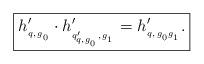
LaTeX: \begin{align*}\boxed{h'_{{}_{q,\, g_{{}_0}}} \cdot h'_{{}_{q'_{{}_{q,g_{{}_0}}}, \, g_{{}_1}}} = h'_{{}_{q , \, g_{{}_0} g_{{}_1}}}.}\end{align*}